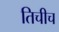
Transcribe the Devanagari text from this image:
तिचीच